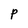
Character: P